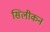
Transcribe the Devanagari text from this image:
सिलीकन